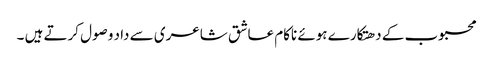
محبوب کے دھتکارے ہوئے ناکام عاشق شاعری سے داد وصول کرتے ہیں ۔